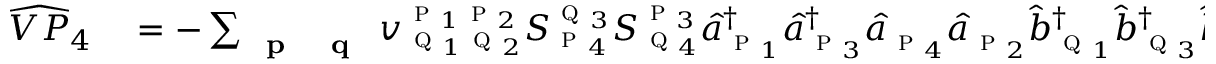
\begin{array} { r l } { \widehat { V P } _ { 4 } } & { { } = - \sum _ { \textbf { \textsc { p } } \textbf { \textsc { q } } } { v } _ { \textsc { q } _ { 1 } \textsc { q } _ { 2 } } ^ { \textsc { p } _ { 1 } \textsc { p } _ { 2 } } S _ { \textsc { p } _ { 4 } } ^ { \textsc { q } _ { 3 } } S _ { \textsc { q } _ { 4 } } ^ { \textsc { p } _ { 3 } } \hat { a } _ { \textsc { p } _ { 1 } } ^ { \dagger } \hat { a } _ { \textsc { p } _ { 3 } } ^ { \dagger } \hat { a } _ { \textsc { p } _ { 4 } } \hat { a } _ { \textsc { p } _ { 2 } } \hat { b } _ { \textsc { q } _ { 1 } } ^ { \dagger } \hat { b } _ { \textsc { q } _ { 3 } } ^ { \dagger } \hat { b } _ { \textsc { q } _ { 4 } } \hat { b } _ { \textsc { q } _ { 2 } } } \end{array}